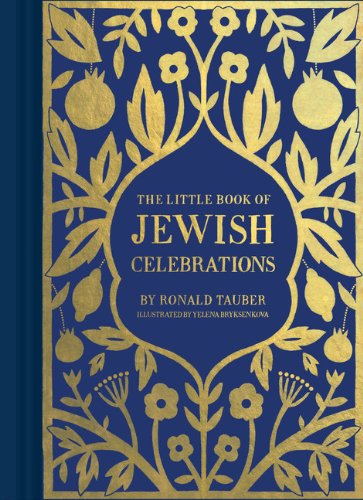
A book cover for The Little Book of Jewish Celebrations; Ronald Tauber; Religion & Spirituality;